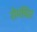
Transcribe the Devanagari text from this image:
रोमंचित